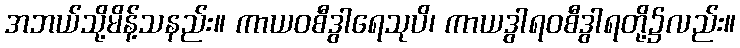
အဘယ်သို့မိန့်သနည်း။ ကာယဝစီဒွါရေသုပိ၊ ကာယဒွါရဝစီဒွါရတို့၌လည်း။